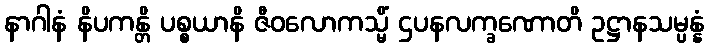
နာဂါနံ နိပကန္တိ ပစ္စယာနိ ဇီဝလောကသ္မိံ ဌပနလက္ခဏောတိ ဥဋ္ဌာနသမ္ပန္နံ